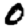
Digit: 0